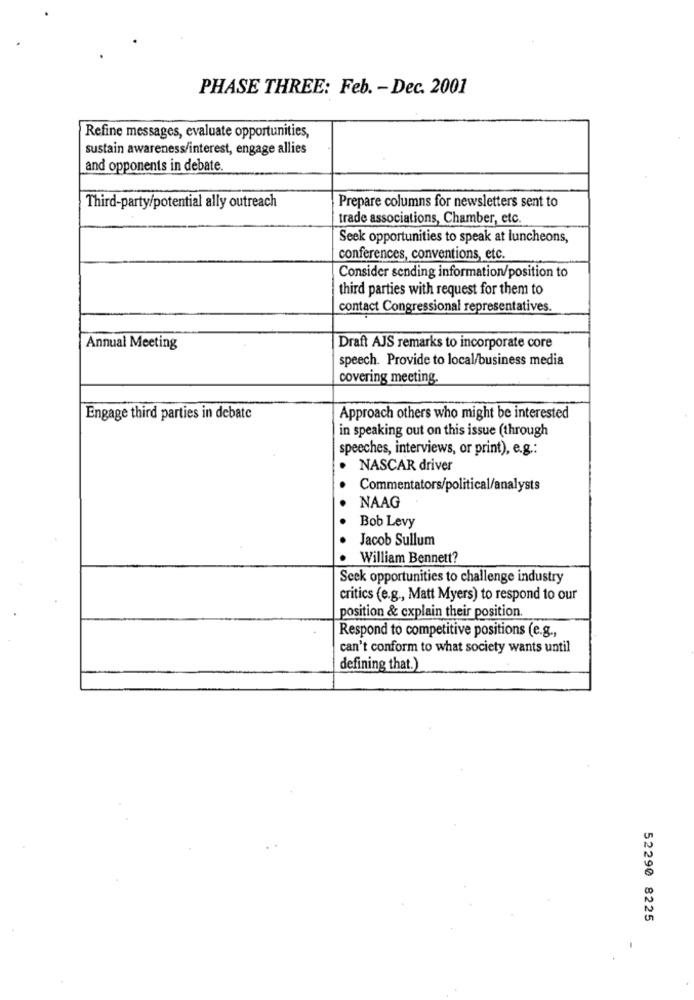
PHASE THREE: Feb. - Dec. 2001
Refine messages, evaluate opportunities,
sustain awareness/interest, engage allies
and opponents in debate.
Third-party/potential ally outreach
Prepare columns for newsletters sent to
trade associations, Chamber, etc.
Seek opportunities to speak at luncheons,
conferences, conventions, etc.
Consider sending information/position to
third parties with request for them to
contact Congressional representatives.
Annual Meeting
Draft AJS remarks to incorporate core
speech. Provide to local/business media
covering meeting.
Engage third parties in debate
Approach others who might be interested
in speaking out on this issue (through
speeches, interviews, or print), e.g .:
NASCAR driver
Commentators/political/analysts
NAAG
Bob Levy
Jacob Sullum
William Bennett?
Seek opportunities to challenge industry
critics (e.g ., Matt Myers) to respond to our
position & explain their position.
Respond to competitive positions (e.g .,
can't conform to what society wants until
defining that.)
52290 8225